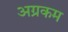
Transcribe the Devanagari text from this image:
अग्रकम